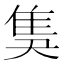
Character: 𨾗